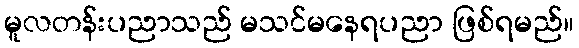
မူလတန်းပညာသည် မသင်မနေရပညာ ဖြစ်ရမည်။